Insane asylums in Bengal annual reports 1867-1875 - 1867-1875
Year: 1867
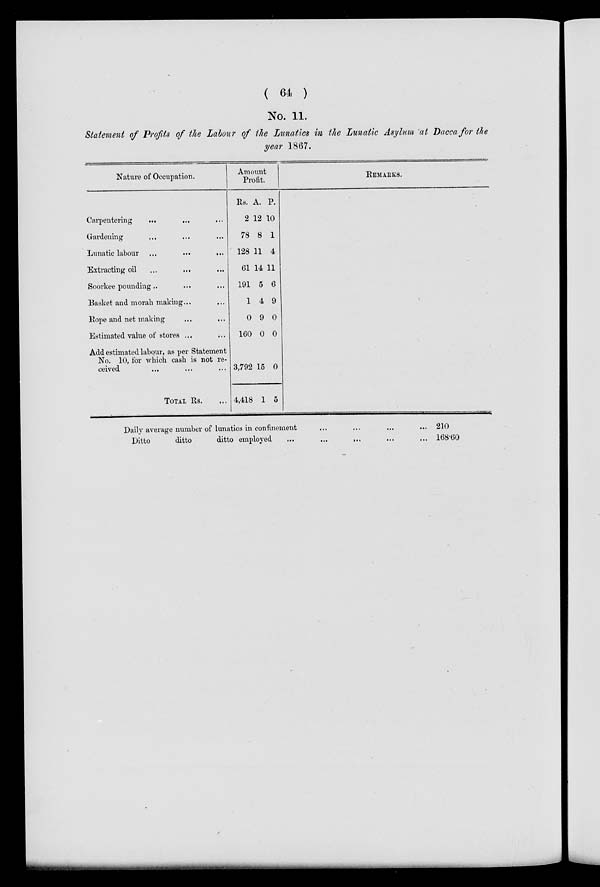
( 64 )
No. 11.
Statement of Profits of the Labour of the Lunatics in, the Lunatic Asylum at Dacca for the
year 1867.
Nature of Occupation.
Carpentering
...
...
...
Gardening
...
...
...
Lunatic labour
...
...
...
Extracting oil ... ...
...
Soorkee pounding .. ... ...
Basket and morah making ...
...
Rope and net making ... ...
Estimated value of stores ... ...
Add estimated labour, as per Statement
No. 10, for which cash is not re-
ceived ... ... ...
TOTAL Rs.
Amount
Profit.
Rs.
2
78
128
61
191
1
0
160
3,792
4,418
A.
12
8
11
P.
10
1
4
14 11
5
4
9
0
15
1
6
9
0
0
0
5
REMARKS.
Daily average number of lunatics in confinement ... ...
Ditto
ditto
ditto employed
...
...
...
210
168.60